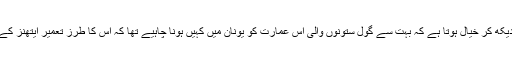
گارنی کے مندر کو دیکھ کر خیال ہوتا ہے کہ بہت سے گول ستونوں والی اس عمارت کو یونان میں کہیں ہونا چاہیے تھا کہ اس کا طرز تعمیر ایتھنز کے پارتھینون جیسا ہے۔